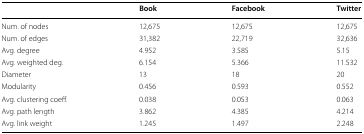
<table><thead><tr><td></td><td><b>Book</b></td><td><b>Facebook</b></td><td><b>Twitter</b></td></tr></thead><tbody><tr><td>Num. of nodes</td><td>12,675</td><td>12,675</td><td>12,675</td></tr><tr><td>Num. of edges</td><td>31,382</td><td>22,719</td><td>32,636</td></tr><tr><td>Avg. degree</td><td>4.952</td><td>3.585</td><td>5.15</td></tr><tr><td>Avg. weighted deg.</td><td>6.154</td><td>5.366</td><td>11.532</td></tr><tr><td>Diameter</td><td>13</td><td>18</td><td>20</td></tr><tr><td>Modularity</td><td>0.456</td><td>0.593</td><td>0.552</td></tr><tr><td>Avg. clustering coeff.</td><td>0.038</td><td>0.053</td><td>0.063</td></tr><tr><td>Avg. path length</td><td>3.862</td><td>4.385</td><td>4.214</td></tr><tr><td>Avg. link weight</td><td>1.245</td><td>1.497</td><td>2.248</td></tr></tbody></table>